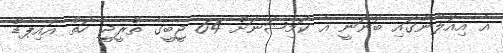
އެ އިއުލާންގައި ބުނަނީ އެ ކޮމިޝަނަށް 64 ޖީބީގެ ތްރީޖީ ހަތް އައިޕެޑް